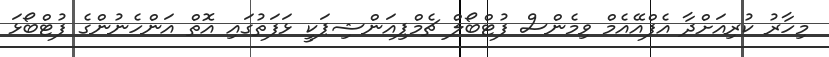
މިހާރު ކުރިއަށްދާ އެފްއޭއެމް ވިމެންސް ފުޓްބޯލް ޗެމްޕިއަންޝިޕަކީ ޅަފަތުގައި އޮތް އަންހެނުންގެ ފުޓްބޯޅަ